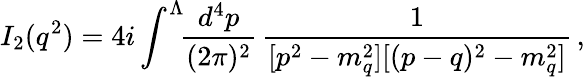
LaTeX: I_{2}(q^{2})=4i\int^{\Lambda}\! \! {\frac{d^{4}p}{(2\pi)^{2}}}\, {\frac{1}{[p^{2}-m_{q}^{2}][(p-q)^{2}-m_{q}^{2}]}}\, ,